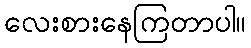
လေးစားနေကြတာပါ။